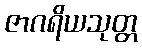
ဇာဂရိယသုတ္တ